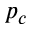
p _ { c }